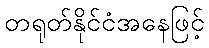
တရုတ်နိုင်ငံအနေဖြင့်